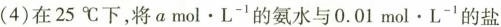
(4)在25℃下，将a mol·L_{-1}的氨水与0.01mol·L_{-1}的盐